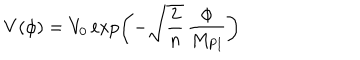
V ( \phi ) = V _ { 0 } \exp \left( - \sqrt { \frac { 2 } { n } } \, \frac { \phi } { M _ { \mathrm { P l } } } \right)